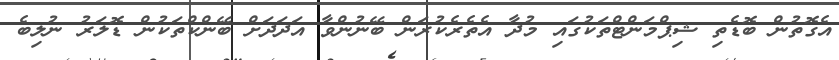
އެގޮތުން ބޮޑެތި ޝިޕްމަންޓްތަކުގައި މުދާ އެތެރެކުރަން ބޭނުންވާ އަދަދަށް ބޭންކްތަކުން ޑޮލަރު ނުލިބެ